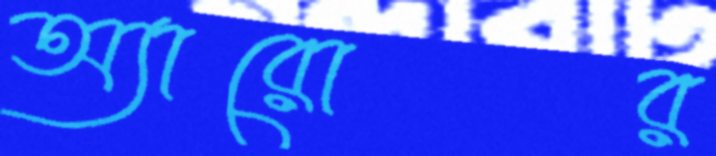
অ্যারোর